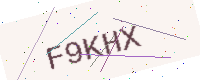
Text: F9KHX